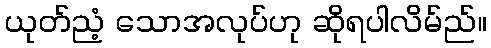
ယုတ်ညံ့ သောအလုပ်ဟု ဆိုရပါလိမ်ည်။